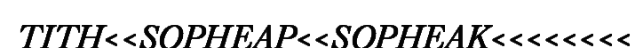
TITH<<SOPHEAP<<SOPHEAK<<<<<<<<